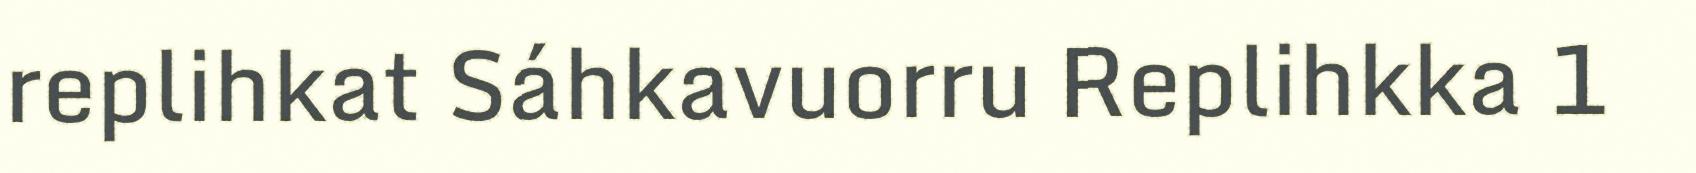
replihkat Sáhkavuorru Replihkka 1